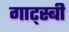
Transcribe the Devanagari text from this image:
गाट्स्बी